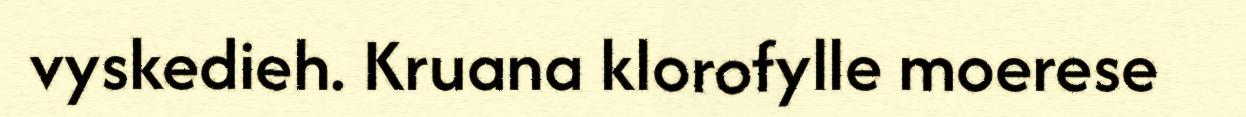
vyskedieh. Kruana klorofylle moerese